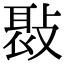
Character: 𢾸